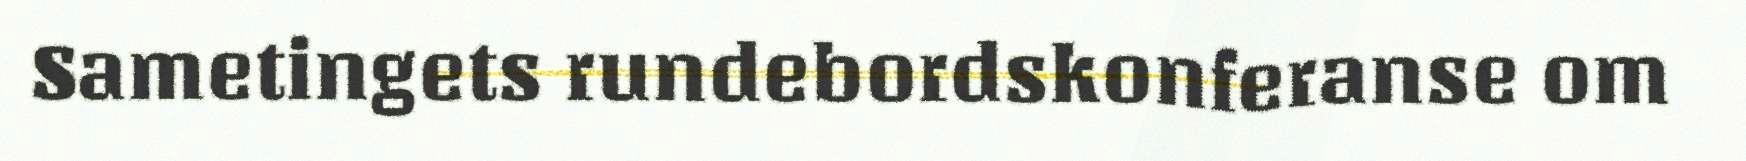
Sametingets rundebordskonferanse om